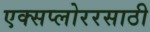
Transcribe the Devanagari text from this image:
एक्सप्लोररसाठी